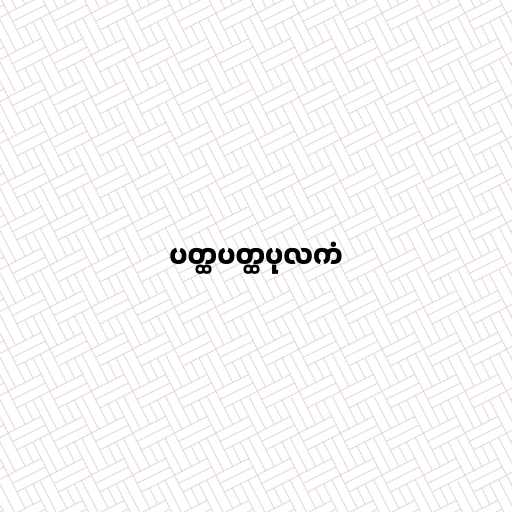
ပတ္ထပတ္ထပုလကံ